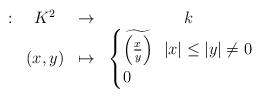
LaTeX: \begin{align*}\begin{array}{cccc}: & K^2 & \to & k \\ & (x,y) & \mapsto & \begin{cases} \widetilde{\left(\frac{x}{y}\right)} \ \ |x| \leq |y| \neq 0 \\0 \ \end{cases} \end{array}\end{align*}